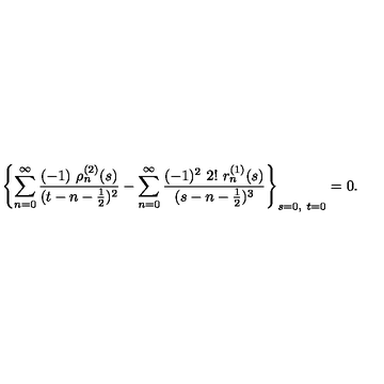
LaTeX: \left\{ \sum _ { n = 0 } ^ { \infty } \frac { ( - 1 ) \ \rho _ { n } ^ { ( 2 ) } ( s ) } { ( t - n - \frac { 1 } { 2 } ) ^ { 2 } } - \sum _ { n = 0 } ^ { \infty } \frac { ( - 1 ) ^ { 2 } \ 2 ! \ r _ { n } ^ { ( 1 ) } ( s ) } { ( s - n - \frac { 1 } { 2 } ) ^ { 3 } } \right\} _ { s = 0 , \ t = 0 } = 0 .